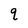
Character: q